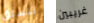
نتسلق غريبين